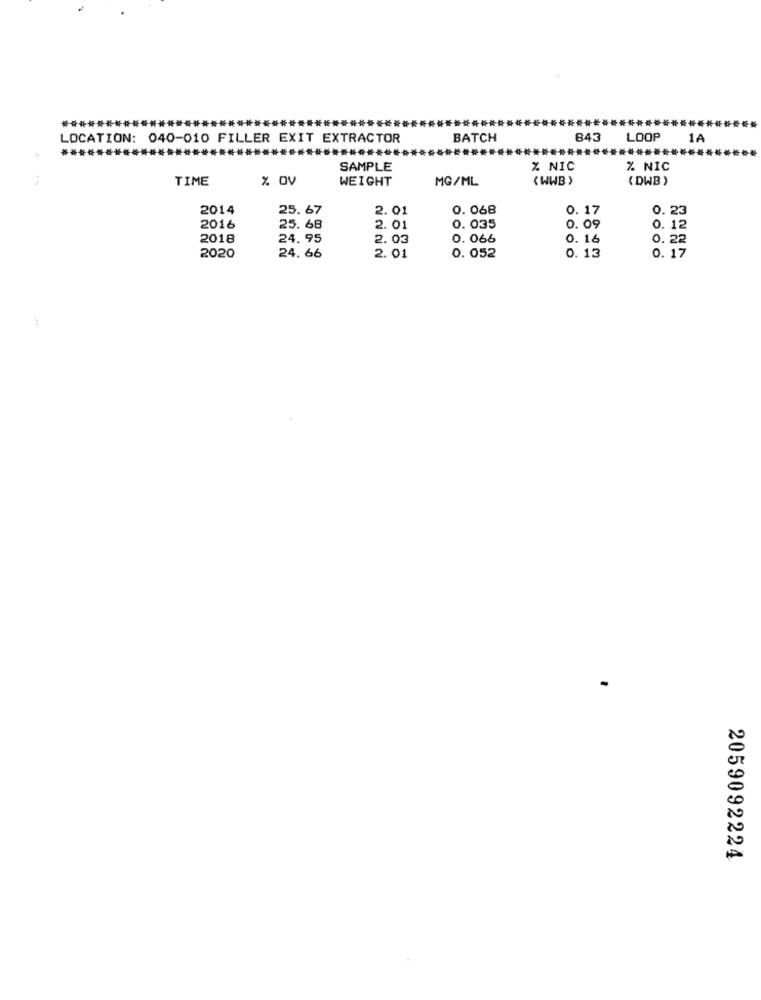
****************
.......
LOCATION: 040-010 FILLER EXIT EXTRACTOR
BATCH
843
LOOP
1A
**************
********
SAMPLE
% NIC
% NIC
TIME
% Ov
WEIGHT
MG/ML
(WWB )
( DWB )
2014
25. 67
2.01
0. 068
0. 17
0. 23
2016
25. 68
2.01
0. 035
0. 09
0. 12
2018
24.95
2. 03
0.066
0. 16
0.22
2.01
0. 13
0. 17
2020
24.66
0. 052
2059092224